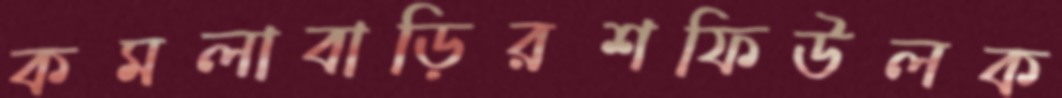
কমলাবাড়িরশফিউলক